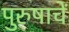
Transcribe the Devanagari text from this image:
पुरुषाचें